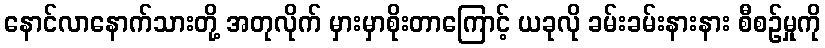
နောင်လာနောက်သားတို့ အတုလိုက် မှားမှာစိုးတာကြောင့် ယခုလို ခမ်းခမ်းနားနား စီစဉ်မှုကို